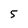
Character: 5